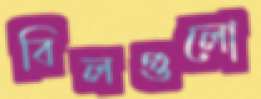
বিলগুলো